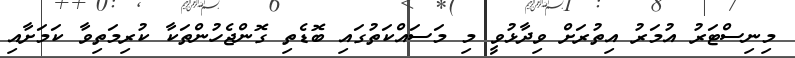
މިނިސްޓަރު އުމަރު އިތުރަށް ވިދާޅުވީ މި މަސައްކަތުގައި ބޮޑެތި ގޮންޖެހުންތަކާ ކުރިމަތިވާ ކަމަށާއި